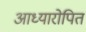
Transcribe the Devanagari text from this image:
आध्यारोपित